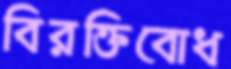
বিরক্তিবোধ